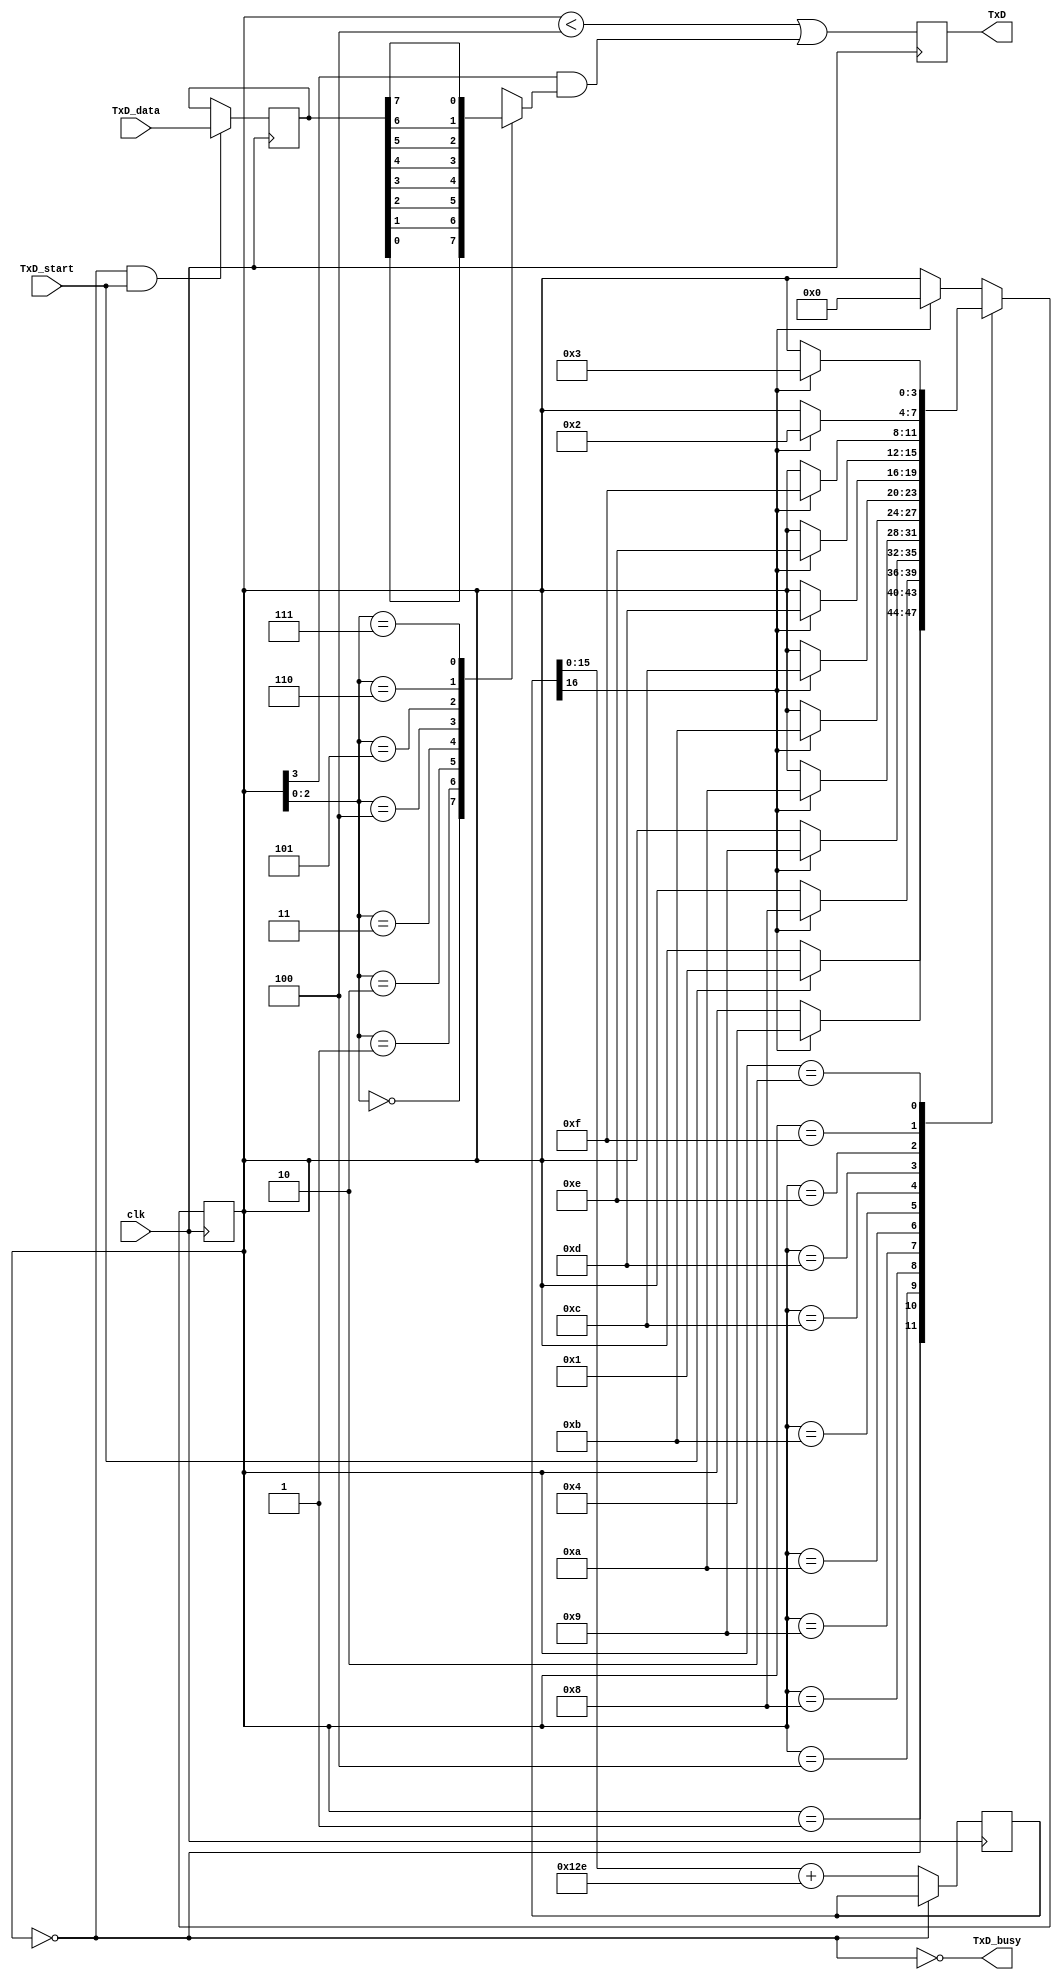
// RS-232 TX module
// (c) fpga4fun.com KNJN LLC - 2003, 2004, 2005, 2006

//`define DEBUG   // in DEBUG mode, we output one bit per clock cycle (useful for faster simulations)

module async_transmitter(clk, TxD_start, TxD_data, TxD, TxD_busy);
input clk, TxD_start;
input [7:0] TxD_data;
output TxD, TxD_busy;

parameter ClkFrequency = 25000000;	// 25MHz
parameter Baud = 115200;
parameter RegisterInputData = 1;	// in RegisterInputData mode, the input doesn't have to stay valid while the character is been transmitted

// Baud generator
parameter BaudGeneratorAccWidth = 16;
reg [BaudGeneratorAccWidth:0] BaudGeneratorAcc;
`ifdef DEBUG
wire [BaudGeneratorAccWidth:0] BaudGeneratorInc = 17'h10000;
`else
wire [BaudGeneratorAccWidth:0] BaudGeneratorInc = ((Baud<<(BaudGeneratorAccWidth-4))+(ClkFrequency>>5))/(ClkFrequency>>4);
`endif

wire BaudTick = BaudGeneratorAcc[BaudGeneratorAccWidth];
wire TxD_busy;
always @(posedge clk) if(TxD_busy) BaudGeneratorAcc <= BaudGeneratorAcc[BaudGeneratorAccWidth-1:0] + BaudGeneratorInc;

// Transmitter state machine
reg [3:0] state;
wire TxD_ready = (state==0);
assign TxD_busy = ~TxD_ready;

reg [7:0] TxD_dataReg;
always @(posedge clk) if(TxD_ready & TxD_start) TxD_dataReg <= TxD_data;
wire [7:0] TxD_dataD = RegisterInputData ? TxD_dataReg : TxD_data;

always @(posedge clk)
case(state)
	4'b0000: if(TxD_start) state <= 4'b0001;
	4'b0001: if(BaudTick) state <= 4'b0100;
	4'b0100: if(BaudTick) state <= 4'b1000;  // start
	4'b1000: if(BaudTick) state <= 4'b1001;  // bit 0
	4'b1001: if(BaudTick) state <= 4'b1010;  // bit 1
	4'b1010: if(BaudTick) state <= 4'b1011;  // bit 2
	4'b1011: if(BaudTick) state <= 4'b1100;  // bit 3
	4'b1100: if(BaudTick) state <= 4'b1101;  // bit 4
	4'b1101: if(BaudTick) state <= 4'b1110;  // bit 5
	4'b1110: if(BaudTick) state <= 4'b1111;  // bit 6
	4'b1111: if(BaudTick) state <= 4'b0010;  // bit 7
	4'b0010: if(BaudTick) state <= 4'b0011;  // stop1
	4'b0011: if(BaudTick) state <= 4'b0000;  // stop2
	default: if(BaudTick) state <= 4'b0000;
endcase

// Output mux
reg muxbit;
always @( * )
case(state[2:0])
	3'd0: muxbit <= TxD_dataD[0];
	3'd1: muxbit <= TxD_dataD[1];
	3'd2: muxbit <= TxD_dataD[2];
	3'd3: muxbit <= TxD_dataD[3];
	3'd4: muxbit <= TxD_dataD[4];
	3'd5: muxbit <= TxD_dataD[5];
	3'd6: muxbit <= TxD_dataD[6];
	3'd7: muxbit <= TxD_dataD[7];
endcase

// Put together the start, data and stop bits
reg TxD;
always @(posedge clk) TxD <= (state<4) | (state[3] & muxbit);  // register the output to make it glitch free

endmodule